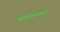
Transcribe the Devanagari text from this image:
महायुगामध्ये